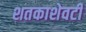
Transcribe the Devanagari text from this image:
शतकाशेवटी